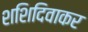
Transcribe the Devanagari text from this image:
शशिदिवाकर